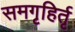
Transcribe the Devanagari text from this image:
समगृहिर्तृ